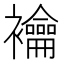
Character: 𧟇